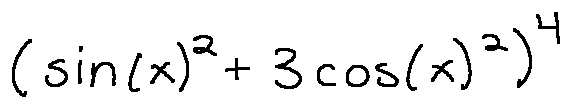
( \sin ( x ) ^ { 2 } + 3 \cos ( x ) ^ { 2 } ) ^ { 4 }